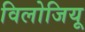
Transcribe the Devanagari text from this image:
विलोजियू